Medical and sanitary report on the native army of Bombay for the year
Year: 1879
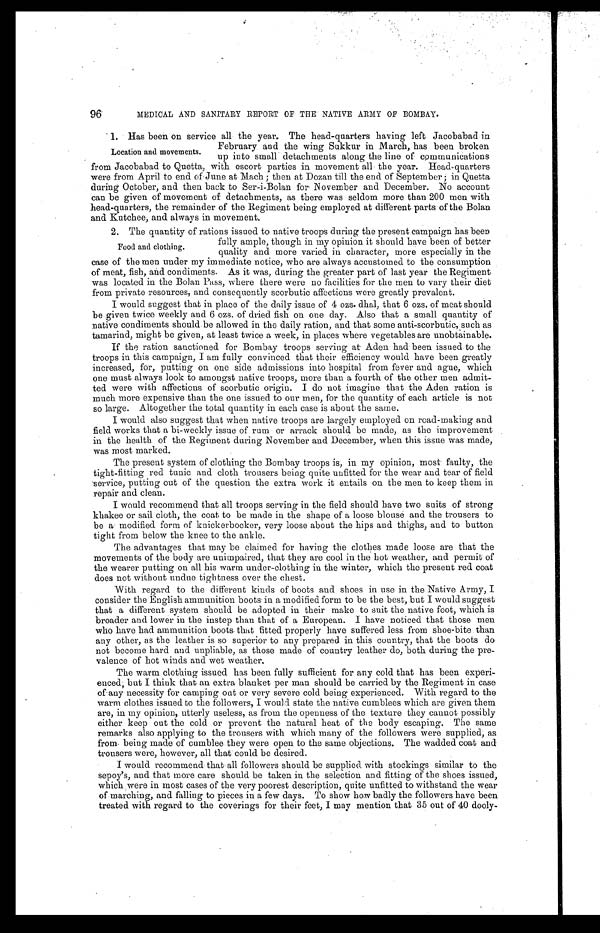
96
MEDICAL AND SANITARY REPORT OF THE NATIVE ARMY OF BOMBAY.
1. Has been on service all the year. The head-quarters having left Jacobabad
in February and the wing Sukkur in March, has been broken
up into small detachments along the line of communications
from Jacobabad to Quetta, with escort parties in movement all the year. Head-quarters
were from April to end of June at Mach; then at Dozan till the end of September; in Quetta
during October, and then back to Ser-i-Bolan for November and December. No account
can be given of movement of detachments, as there was seldom more than 200 men with
head-quarters, the remainder of the Regiment being employed at different parts of the Bolan
and Kutchee, and always in movement.
2. The quantity of rations issued to native troops during the present campaign has been
fully ample, though in my opinion it should have been of better
quality and more varied in character, more especially in the
case of the men under my immediate notice, who are always accustomed to the consumption
of meat, fish, and condiments. As it was, during the greater part of last year the Regiment
was located in the Bolan Pass, where there were no facilities for the men to vary their diet
from private resources, and consequently scorbutic affections were greatly prevalent.
I would suggest that in place of the daily issue of 4 ozs. dhal, that 6 ozs. of meat should
be given twice weekly and 6 ozs. of dried fish on one day. Also that a small quantity of
native condiments should be allowed in the daily ration, and that some anti-scorbutic, such as
tamarind, might be given, at least twice a week, in places where vegetables are unobtainable.
If the ration sanctioned for Bombay troops serving at Aden had been issued to the
troops in this campaign, I am fully convinced that their efficiency would have been greatly
increased, for, putting on one side admissions into hospital from fever and ague, which
one must always look to amongst native troops, more than a fourth of the other men admit
- t e d w e r e w i t h a f f e c t i o n s o f s c o r b u t i c o r i g i n . I d o n o t i m a g i n e t h a t t h e A d e n r a t i o n i s
much more expensive than the one issued to our men, for the quantity of each article is not
so large. Altogether the total quantity in each case is about the same.
I would also suggest that when native troops are largely employed on road-making and
field works that a bi-weekly issue of rum or arrack should be made, as the improvement
in the health of the Regiment during November and December, when this issue was made,
was most marked.
The pr esent syst em of cl ot hi ng t he Bombay t r oops i s, i n my opi ni on, most f aul t y, t he
tight-fitting red tunic and cloth trousersbeing quite unfitted for the wear and tear of field
service, putting out of the question the extra work it entails on the men to keep them in
repair and clean.
I would recommend that all troops serving in the field should have two suits of strong
khakee or sail cloth, the coat to be made in the shape of a loose blouse and the trousers to
be a modified form of knickerbocker, very loose about the hips and thighs, and to button
tight from below the knee to the ankle.
The advantages that may be claimed for having the clothes made loose are that the
movements of the body are unimpaired, that they are cool in the hot weather, and permit of
the wearer putting on all his warm under-clothing in the winter, which the present red coat
does not without undue tightness over the chest.
With regard to the different kinds of boots and shoes in use in the Native Army, I
consider the English ammunition boots in a modified form to be the best, but I would suggest
that a different system should be adopted in their make to suit the native foot, which is
broader and lower in the instep than that of a European. I have noticed that those men
who have had ammunition boots that fitted properly have suffered less from shoe-bite than
any other, as the leather is so superior to any prepared in this country, that the boots do
not become hard and unpliable, as those made of country leather do, both during the pre
-valence of hot winds and wet weather.
The warm clothing issued has been fully sufficient for any cold that has been experi
- e n c e d , b u t I t h i n k t h a t a n e x t r a b l a n k e t p e r m a n s h o u l d b e c a r r i e d b y t h e R e g i m e n t i n c a s e
of any necessity for camping oat or very severe cold being experienced. With regard to the
warm clothes issued to the followers, I would state the native cumblees which are given them
are, in my opinion, utterly useless, as from the openness of the texture they cannot possibly
either keep out the cold or prevent the natural heat of the body escaping. The same
remarks also applying to the trousers with which many of the followers were supplied, as
from being made of cumblee they were open to the same objections. The wadded coat and
trousers were, however, all that could be desired.
I would recommend that all followers should be supplied with stockings similar to the
sepoy's, and that more care should be taken in the selection and fitting of the shoes issued,
which were in most cases of the very poorest description, quite unfitted to withstand the wear
o f m a r c h i n g , a n d f a l l i n g t o p i e c e s i n a f e w d a y s . T O s h o w h o w b a d l y t h e f o l l o w e r s h a v e b e e n
treated with regard to the coverings for their feet, I may mention that 35 out of 40 dooly-
Location and movements.
Food and clothing.